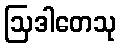
ဩဒါတေသု